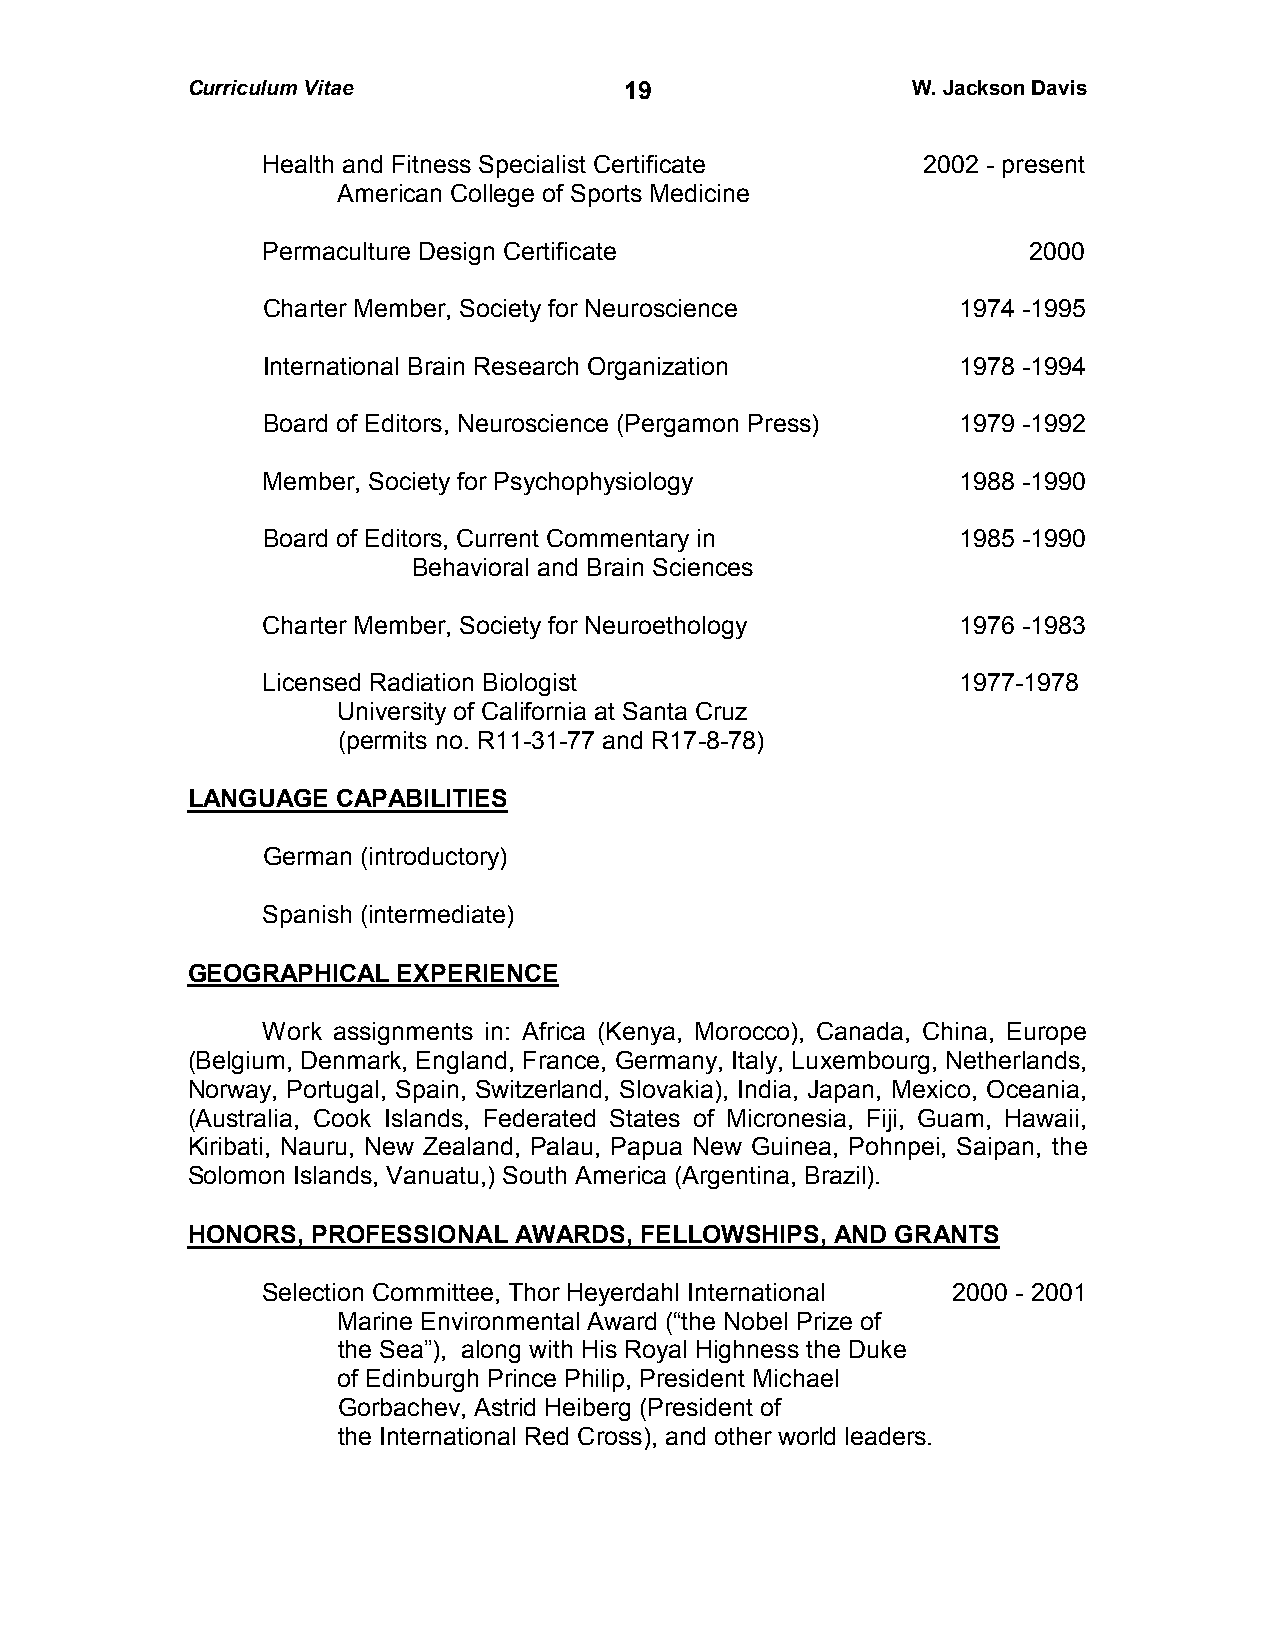
Curriculum Vitae             1 9                W. Jackson Davis
 Health and Fitness Specialist Certificate   2002 - present
 American College of Sports Medicine
 Permaculture Design Certificate                    2000
 Charter Member, Society for Neuroscience      1974 -1995
 International Brain Research Organization     1978 -1994
 Board of Editors, Neuroscience (Pergamon Press) 1979 -1992
 Member, Society for Psychophysiology          1988 -1990
 Board of Editors, Current Commentary in       1985 -1990
 Behavioral and Brain Sciences
 Charter Member, Society for Neuroethology     1976 -1983
 Licensed Radiation Biologist                  1977-1978
 University of California at Santa Cruz
 (permits no. R11-31-77 and R17-8-78)
 LANGUAGE  CAPABILITIES
 German (introductory)
 Spanish (intermediate)
 GEOGRAPHICAL  EXPERIENCE
 Work assignments in: Africa (Kenya, Morocco), Canada, China, Europe
 (Belgium, Denmark, England, France, Germany, Italy, Luxembourg, Netherlands,
 Norway, Portugal, Spain, Switzerland, Slovakia), India, Japan, Mexico, Oceania,
 (Australia, Cook Islands, Federated States of Micronesia, Fiji, Guam, Hawaii,
 Kiribati, Nauru, New Zealand, Palau, Papua New Guinea, Pohnpei, Saipan, the
 Solomon Islands, Vanuatu,) South America (Argentina, Brazil).
 HONORS,  PROFESSIONAL AWARDS, FELLOWSHIPS, AND GRANTS
 Selection Committee, Thor Heyerdahl International 2000 - 2001
 Marine Environmental Award (“the Nobel Prize of
 the Sea”), along with His Royal Highness the Duke
 of Edinburgh Prince Philip, President Michael
 Gorbachev, Astrid Heiberg (President of
 the International Red Cross), and other world leaders.